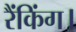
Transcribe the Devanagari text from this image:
रैंकिंग।